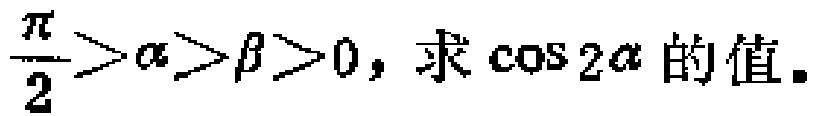
$\frac{\pi}{2}>\alpha>\beta>0，求\cos 2\alpha的值。$